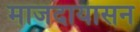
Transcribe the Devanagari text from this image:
माजदायासन